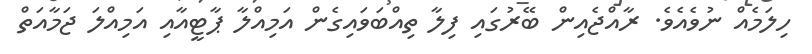
ހިލަމެއް ނުވެއެވެ. ރާއްޖެއިން ބޭރުގައި ފިލާ ތިއްބަވައިގެން އަމިއްލާ ޕާޓީއާއި އަމިއްލަ ޖަމާއަތް